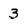
Character: 3